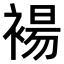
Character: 𫌅